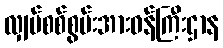
လျှပ်စစ်စွမ်းအားဝန်ကြီးဌာန